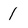
Character: 1